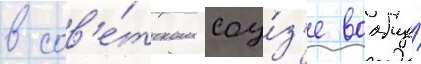
в сов'е́тском соу́з'е вообще́